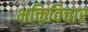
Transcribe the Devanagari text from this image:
भक्तिविचार